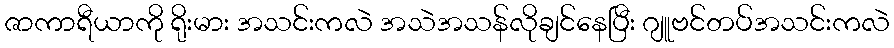
ဇာကာရီယာကို ရိုးမား အသင်းကလဲ အသဲအသန်လိုချင်နေပြီး ဂျူဗင်တပ်အသင်းကလဲ